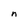
Character: n